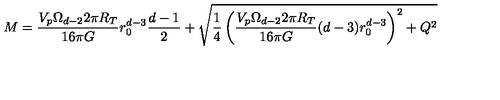
M = \frac { V _ { p } \Omega _ { d - 2 } 2 \pi R _ { T } } { 1 6 \pi G } r _ { 0 } ^ { d - 3 } \frac { d - 1 } { 2 } + \sqrt { \frac { 1 } { 4 } \left( \frac { V _ { p } \Omega _ { d - 2 } 2 \pi R _ { T } } { 1 6 \pi G } ( d - 3 ) r _ { 0 } ^ { d - 3 } \right) ^ { 2 } + Q ^ { 2 } }